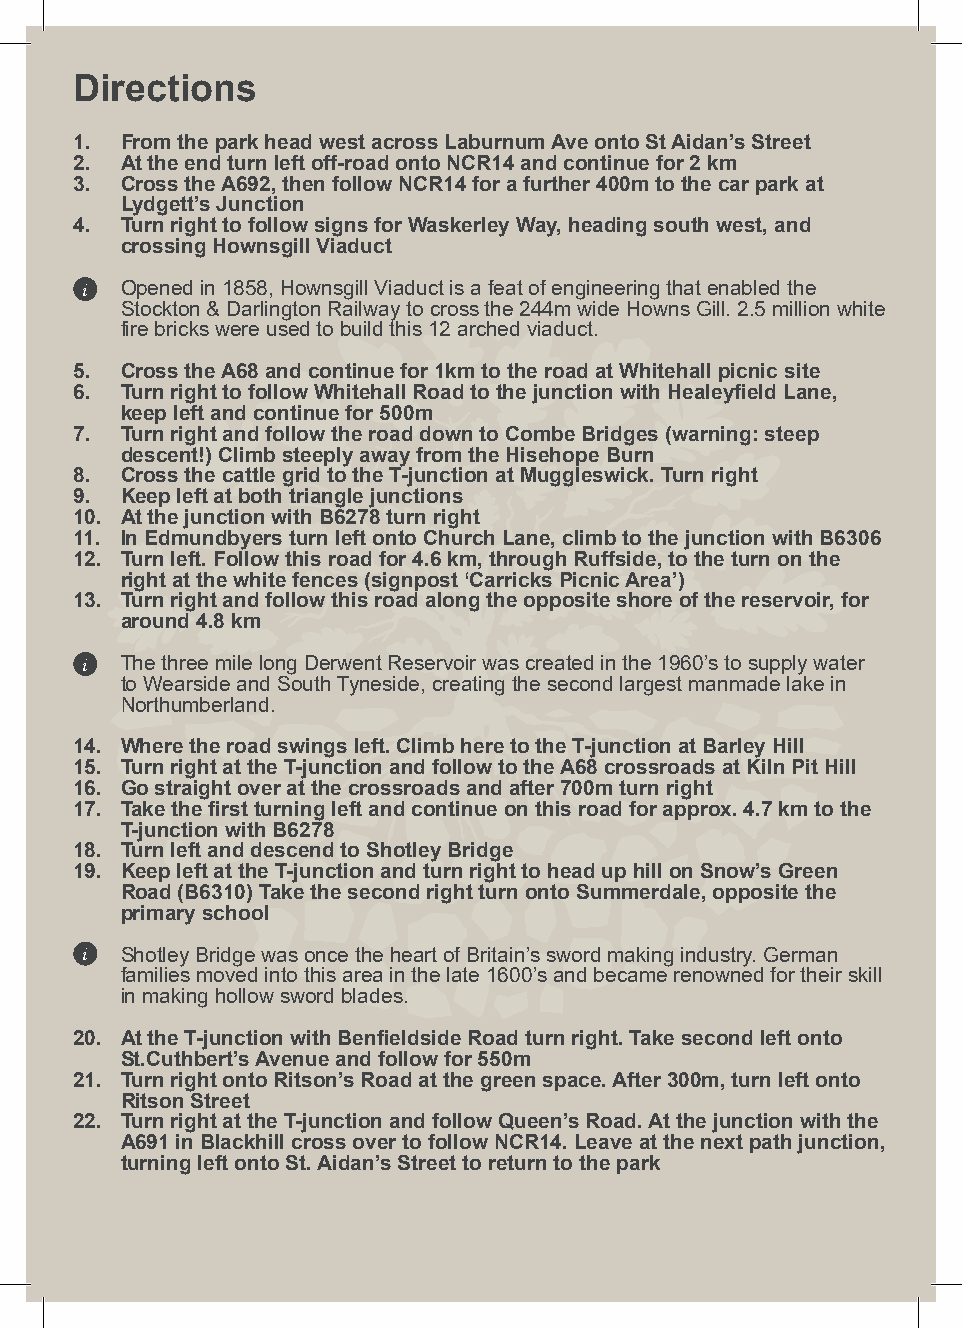
Directions
 1. From the park head west across Laburnum Ave onto St Aidan’s Street
 2. At the end turn left off-road onto NCR14 and continue for 2 km
 3. Cross the A692, then follow NCR14 for a further 400m to the car park at
 Lydgett’s Junction
 4. Turn right to follow signs for Waskerley Way, heading south west, and
 crossing Hownsgill Viaduct
 i  Opened in 1858, Hownsgill Viaduct is a feat of engineering that enabled the
 Stockton & Darlington Railway to cross the 244m wide Howns Gill. 2.5 million white
 fire bricks were used to build this 12 arched viaduct.
 5. Cross the A68 and continue for 1km to the road at Whitehall picnic site
 6. Turn right to follow Whitehall Road to the junction with Healeyfield Lane,
 keep left and continue for 500m
 7. Turn right and follow the road down to Combe Bridges (warning: steep
 descent!) Climb steeply away from the Hisehope Burn
 8. Cross the cattle grid to the T-junction at Muggleswick. Turn right
 9. Keep left at both triangle junctions
 10. At the junction with B6278 turn right
 11. In Edmundbyers turn left onto Church Lane, climb to the junction with B6306
 12. Turn left. Follow this road for 4.6 km, through Ruffside, to the turn on the
 right at the white fences (signpost ‘Carricks Picnic Area’)
 13. Turn right and follow this road along the opposite shore of the reservoir, for
 around 4.8 km
 i  The three mile long Derwent Reservoir was created in the 1960’s to supply water
 to Wearside and South Tyneside, creating the second largest manmade lake in
 Northumberland.
 14. Where the road swings left. Climb here to the T-junction at Barley Hill
 15. Turn right at the T-junction and follow to the A68 crossroads at Kiln Pit Hill
 16. Go straight over at the crossroads and after 700m turn right
 17. Take the first turning left and continue on this road for approx. 4.7 km to the
 T-junction with B6278
 18. Turn left and descend to Shotley Bridge
 19. Keep left at the T-junction and turn right to head up hill on Snow’s Green
 Road (B6310) Take the second right turn onto Summerdale, opposite the
 primary school
 i  Shotley Bridge was once the heart of Britain’s sword making industry. German
 families moved into this area in the late 1600’s and became renowned for their skill
 in making hollow sword blades.
 20. At the T-junction with Benfieldside Road turn right. Take second left onto
 St.Cuthbert’s Avenue and follow for 550m
 21. Turn right onto Ritson’s Road at the green space. After 300m, turn left onto
 Ritson Street
 22. Turn right at the T-junction and follow Queen’s Road. At the junction with the
 A691 in Blackhill cross over to follow NCR14. Leave at the next path junction,
 turning left onto St. Aidan’s Street to return to the park